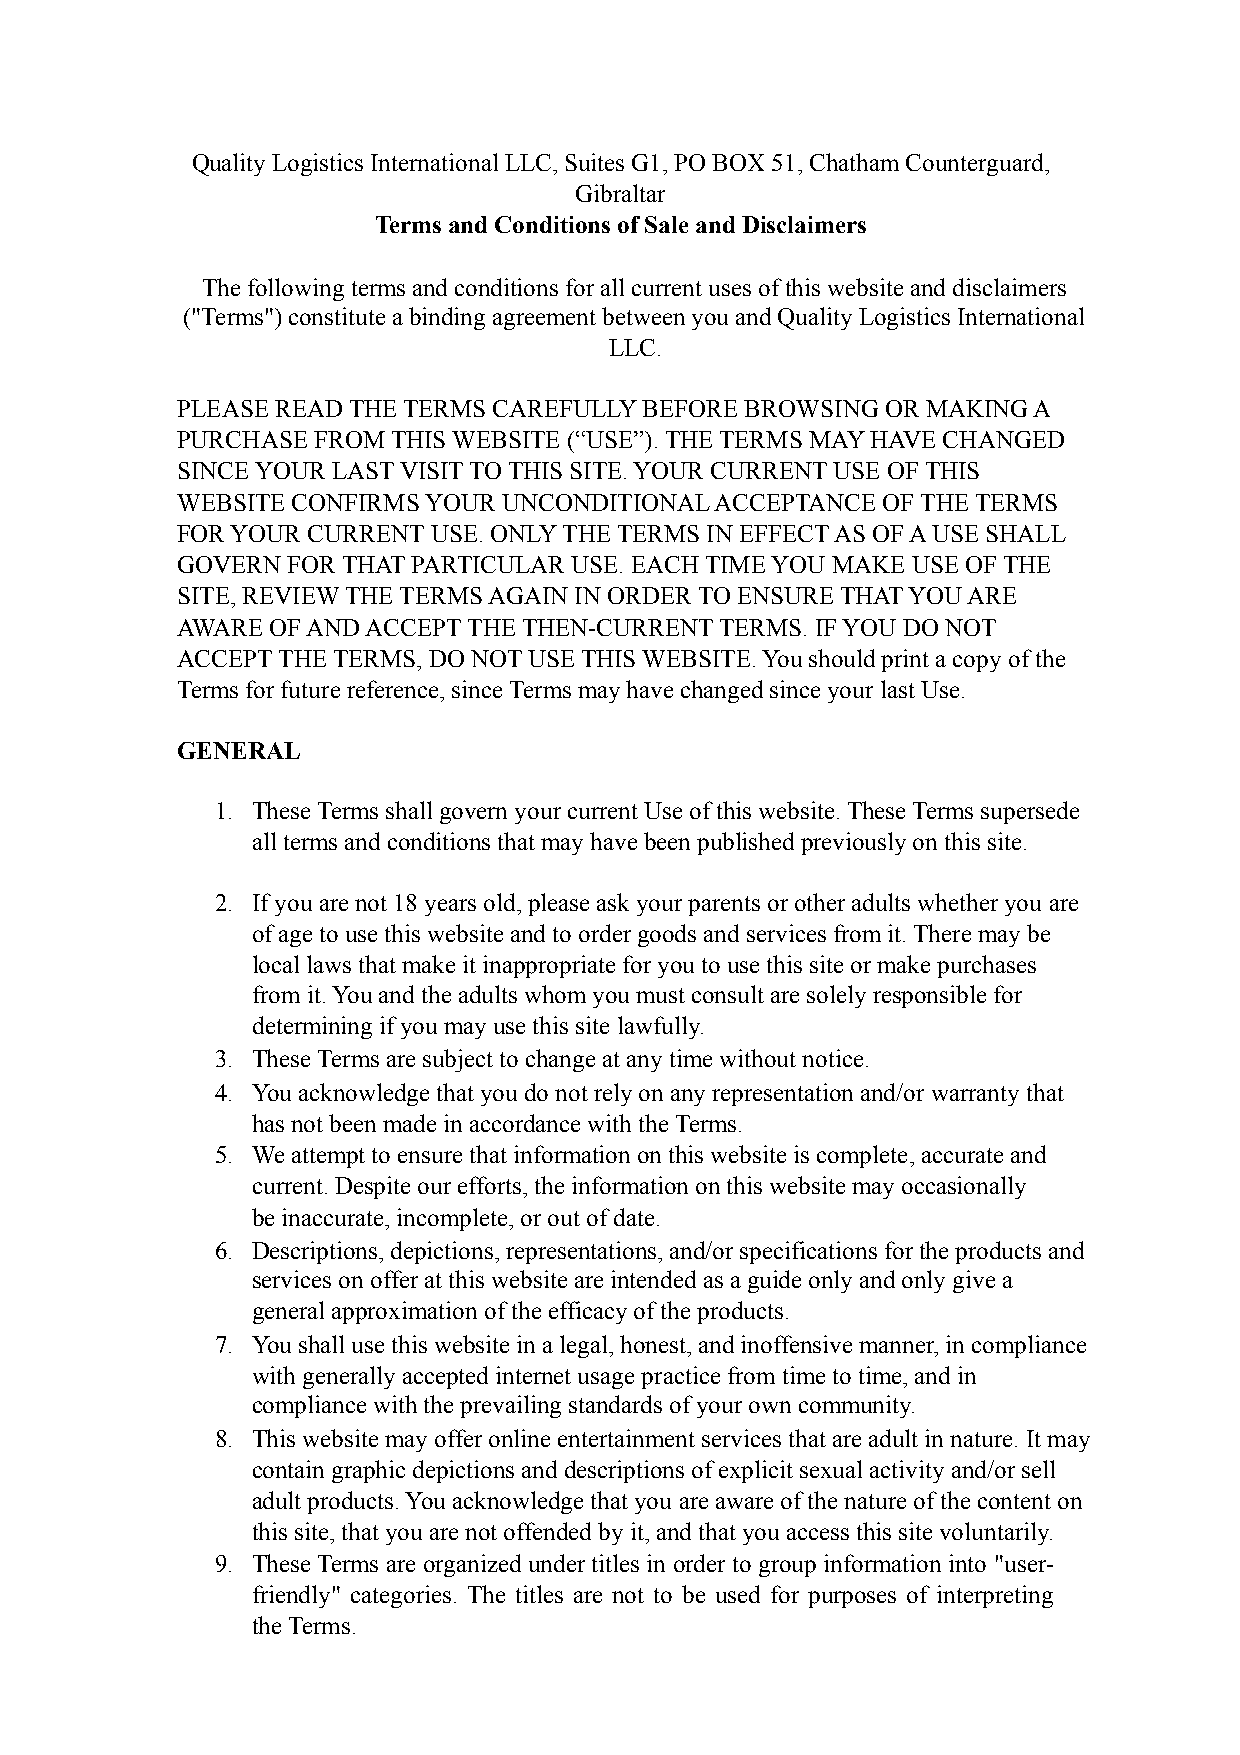
Quality Logistics International LLC, Suites G1, PO BOX 51, Chatham Counterguard,
 Gibraltar
 Terms and Conditions of Sale and Disclaimers
 The following terms and conditions for all current uses of this website and disclaimers
 ("Terms") constitute a binding agreement between you and Quality Logistics International
 LLC.
 PLEASE READ THE TERMS CAREFULLY BEFORE BROWSING OR MAKING A
 PURCHASE FROM THIS WEBSITE (“USE”). THE TERMS MAY HAVE CHANGED
 SINCE YOUR LAST VISIT TO THIS SITE. YOUR CURRENT USE OF THIS
 WEBSITE CONFIRMS YOUR UNCONDITIONAL ACCEPTANCE OF THE TERMS
 FOR YOUR CURRENT USE. ONLY THE TERMS IN EFFECT AS OF A USE SHALL
 GOVERN FOR THAT PARTICULAR USE. EACH TIME YOU MAKE USE OF THE
 SITE, REVIEW THE TERMS AGAIN IN ORDER TO ENSURE THAT YOU ARE
 AWARE OF AND ACCEPT THE THEN-CURRENT TERMS. IF YOU DO NOT
 ACCEPT THE TERMS, DO NOT USE THIS WEBSITE. You should print a copy of the
 Terms for future reference, since Terms may have changed since your last Use.
 GENERAL
 1. These Terms shall govern your current Use of this website. These Terms supersede
 all terms and conditions that may have been published previously on this site.
 2. If you are not 18 years old, please ask your parents or other adults whether you are
 of age to use this website and to order goods and services from it. There may be
 local laws that make it inappropriate for you to use this site or make purchases
 from it. You and the adults whom you must consult are solely responsible for
 determining if you may use this site lawfully.
 3. These Terms are subject to change at any time without notice.
 4. You acknowledge that you do not rely on any representation and/or warranty that
 has not been made in accordance with the Terms.
 5. We attempt to ensure that information on this website is complete, accurate and
 current. Despite our efforts, the information on this website may occasionally
 be inaccurate, incomplete, or out of date.
 6. Descriptions, depictions, representations, and/or specifications for the products and
 services on offer at this website are intended as a guide only and only give a
 general approximation of the efficacy of the products.
 7. You shall use this website in a legal, honest, and inoffensive manner, in compliance
 with generally accepted internet usage practice from time to time, and in
 compliance with the prevailing standards of your own community.
 8. This website may offer online entertainment services that are adult in nature. It may
 contain graphic depictions and descriptions of explicit sexual activity and/or sell
 adult products. You acknowledge that you are aware of the nature of the content on
 this site, that you are not offended by it, and that you access this site voluntarily.
 9. These Terms are organized under titles in order to group information into "user-
 friendly" categories. The titles are not to be used for purposes of interpreting
 the Terms.